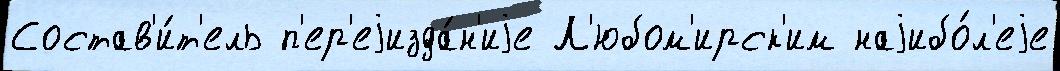
Состав'и́т'ель п'ер'еjизда́н'иjе Л'юбом'ирск'им наjибо́л'еjе